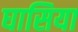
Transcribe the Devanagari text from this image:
घासिया